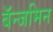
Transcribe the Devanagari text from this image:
बॅन्जमिन